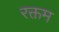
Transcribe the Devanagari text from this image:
रक्तम